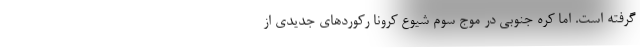
گرفته است. اما کره جنوبی در موج سوم شیوع کرونا رکوردهای جدیدی از